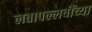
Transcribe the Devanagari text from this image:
लतापल्लवींच्या